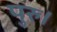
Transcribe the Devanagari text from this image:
पुरु।